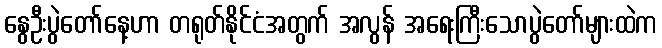
နွေဦးပွဲတော်နေ့ဟာ တရုတ်နိုင်ငံအတွက် အလွန် အရေးကြီးသောပွဲတော်များထဲက